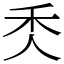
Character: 秂